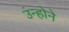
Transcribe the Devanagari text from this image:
उंन्होने